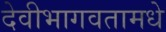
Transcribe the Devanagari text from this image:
देवीभागवतामधे